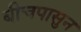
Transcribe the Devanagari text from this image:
बीचपासुन